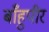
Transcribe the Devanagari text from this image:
बाँहुपीर